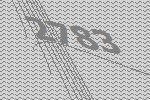
2783